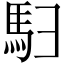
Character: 𬳨